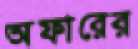
অফারের